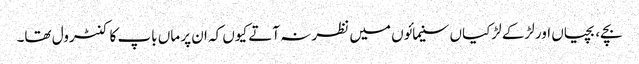
بچے، بچیاں اور لڑکے لڑکیاں سنیمائوں میں نظر نہ آتے کیوں کہ ان پر ماں باپ کا کنٹرول تھا۔